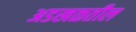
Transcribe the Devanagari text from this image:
अडखळतील